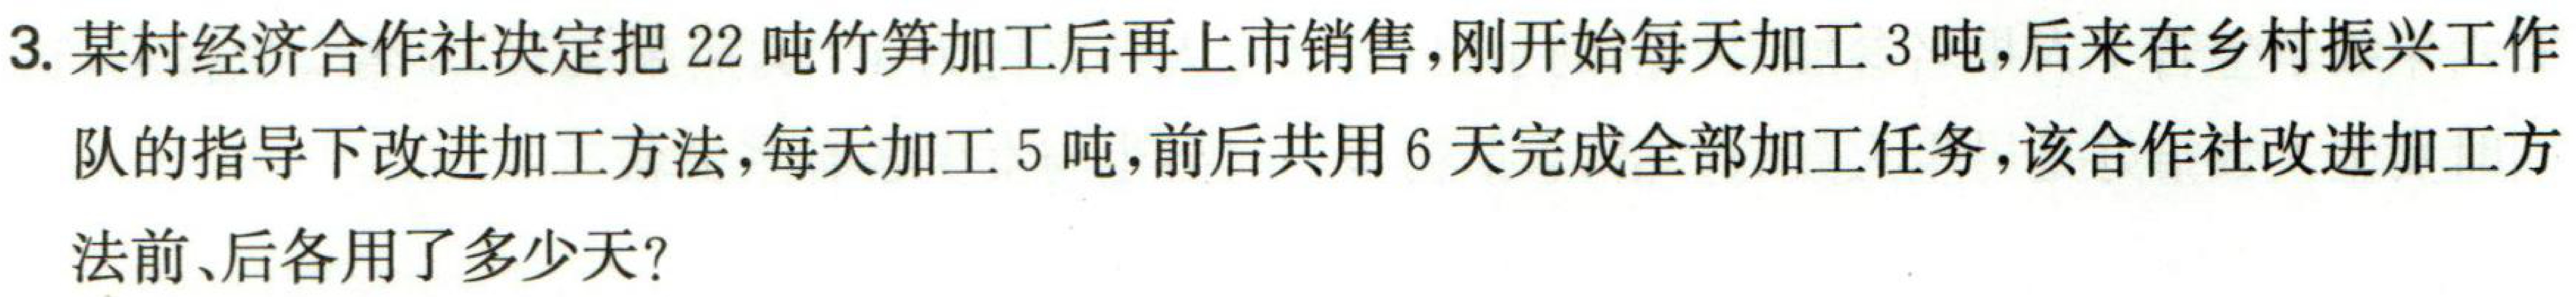
3. 某村经济合作社决定把 \(22\) 吨竹笋加工后再上市销售，刚开始每天加工 \(3\) 吨，后来在乡村振兴工作

队的指导下改进加工方法，每天加工 \(5\) 吨，前后共用 \(6\) 天完成全部加工任务，该合作社改进加工方

法前、后各用了多少天？